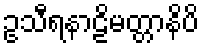
ဥသီရနာဠိမတ္တာနိပိ